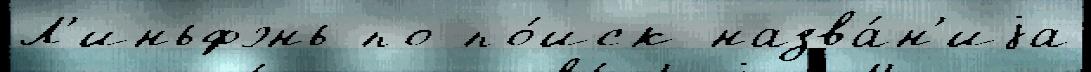
Л'иньфэнь по по́иск назва́н'иjа